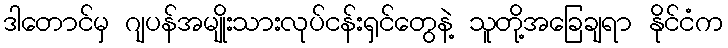
ဒါတောင်မှ ဂျပန်အမျိုးသားလုပ်ငန်းရှင်တွေနဲ့ သူတို့အခြေချရာ နိုင်ငံက